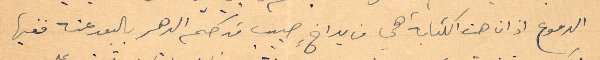
الدموع اذ ان هذه الكتابة هي من يد اخ حبيب قد حكم الدهر بالبعد عنه ففيها